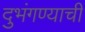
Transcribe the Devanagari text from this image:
दुभंगण्याची